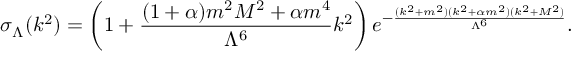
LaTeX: \sigma _ { \Lambda } ( k ^ { 2 } ) = \left( 1 + \frac { ( 1 + \alpha ) m ^ { 2 } M ^ { 2 } + \alpha m ^ { 4 } } { \Lambda ^ { 6 } } k ^ { 2 } \right) e ^ { - \frac { ( k ^ { 2 } + m ^ { 2 } ) ( k ^ { 2 } + \alpha m ^ { 2 } ) ( k ^ { 2 } + M ^ { 2 } ) } { \Lambda ^ { 6 } } } .